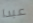
عبدا